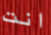
انت